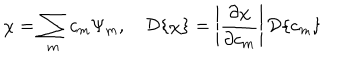
\chi = \sum _ { m } c _ { m } \Psi _ { m } , \quad { \cal D } \{ \chi \} = \left| \frac { \partial \chi } { \partial c _ { m } } \right| { \cal D } \{ c _ { m } \}